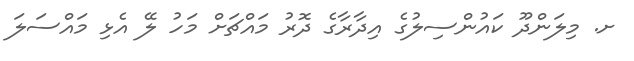
ށ. މިލަންދޫ ކައުންސިލުގެ އިދާރާގެ ދޮރު މައްޗަށް މަހު ލޭ އެޅި މައްސަލަ